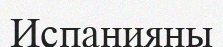
Испанияны